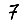
Digit: 7